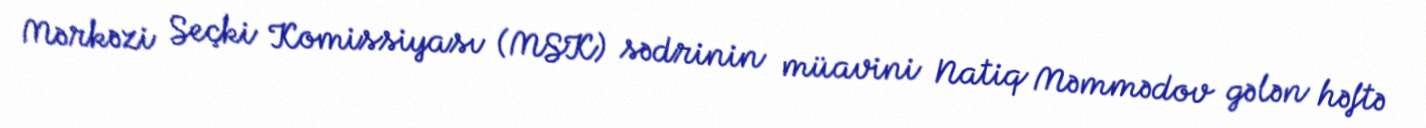
Mərkəzi Seçki Komissiyası (MSK) sədrinin müavini Natiq Məmmədov gələn həftə